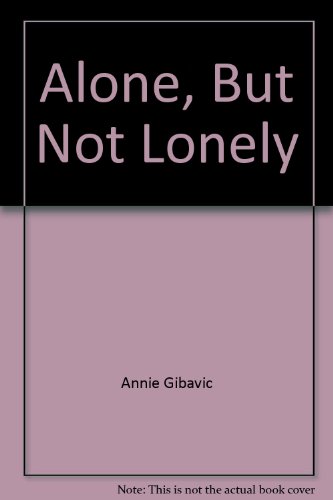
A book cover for Alone, But Not Lonely: One Woman's Hike on Vermont's Long Trail; Annie Gibavic; Travel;